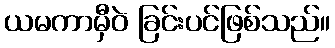
ယမကာမှီဝဲ ခြင်းပင်ဖြစ်သည်။